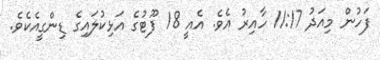
ފަހުން މިއަދު 11:17 ހާއިރު އެވެ. އެއީ 18 ފޫޓުގެ އަޅިކުލައިގެ ޑިންގީއެކެވެ.